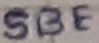
Text: SBE